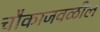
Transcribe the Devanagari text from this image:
चौकाजवळील